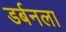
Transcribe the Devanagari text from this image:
डर्बनला